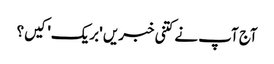
آج آپ نے کتنی خبریں 'بریک' کیں؟